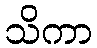
သိကာ